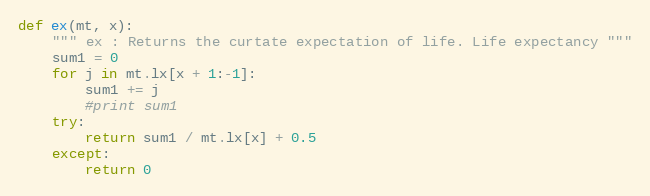
Language: Python
def ex(mt, x):
    """ ex : Returns the curtate expectation of life. Life expectancy """
    sum1 = 0
    for j in mt.lx[x + 1:-1]:
        sum1 += j
        #print sum1
    try:
        return sum1 / mt.lx[x] + 0.5
    except:
        return 0